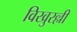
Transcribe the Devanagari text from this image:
विखुरल्ली